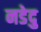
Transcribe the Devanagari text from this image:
नडेदु